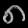
Digit: ၈